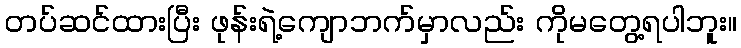
တပ်ဆင်ထားပြီး ဖုန်းရဲ့ကျောဘက်မှာလည်း ကိုမတွေ့ရပါဘူး။